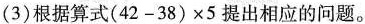
(3)根据算式(42-38)×5提出相应的问题。